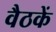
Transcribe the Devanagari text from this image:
वैठकें